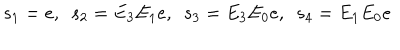
LaTeX: s _ { 1 } = e , \ \ s _ { 2 } = E _ { 3 } E _ { 1 } e , \ \ s _ { 3 } = E _ { 3 } E _ { 0 } e , \ \ s _ { 4 } = E _ { 1 } E _ { 0 } e